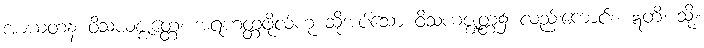
အာယတန ဝိသယဇ္ဈတ္တေ၊ အရဟတ္တဖိုလ်ဟု ဆိုအပ်သော ဝိသယဇ္ဈတ္တ၌ လည်းကောင်း။ ဣတိ၊ သို့။